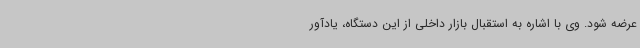
عرضه شود. وی با اشاره به استقبال بازار داخلی از این دستگاه، یادآور